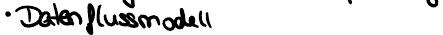
Datenflussmodell